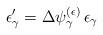
LaTeX: \begin{align*}\epsilon_{\gamma}' = \Delta \psi_{\gamma}^{(\epsilon)} \, \epsilon_{\gamma}\end{align*}